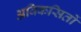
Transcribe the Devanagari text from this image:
अविकसितों